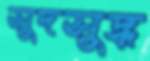
সুদসুদ্ধ